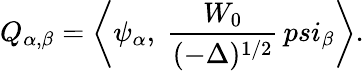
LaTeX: Q_{\alpha,\beta}=\left<\psi_{\alpha},\ {\frac{W_{0}}{(-\Delta)^{1/2}}}\, psi_{\beta}\right>.